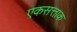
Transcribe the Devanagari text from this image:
एकसत्ताक